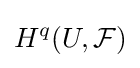
H^{q}(U,{\mathcal {F}})